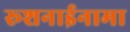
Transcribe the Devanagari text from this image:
रूशनाईनामा